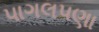
પાગલપણા